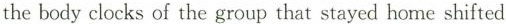
the body clocks of the group that stayed home shifted